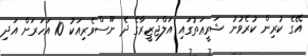
އޭގެ ކުރިން ކުރެވުނު ޝަރީޢަތުގައި އަލްޖަޒީރާގެ ދެ ނޫސްވެރިއަކު 10 އަހަރަށް އަދި